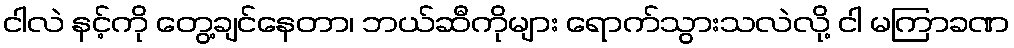
ငါလဲ နင့်ကို တွေ့ချင်နေတာ၊ ဘယ်ဆီကိုများ ရောက်သွားသလဲလို့ ငါ မကြာခဏ